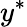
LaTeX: y^{\ast}